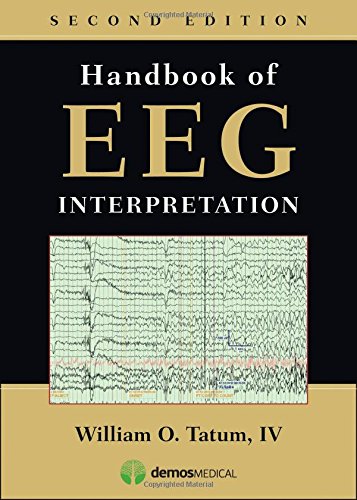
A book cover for Handbook of EEG Interpretation, Second Edition; William Tatum IV DO; Health, Fitness & Dieting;